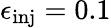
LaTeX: \epsilon_{\mathrm{inj}}=0.1